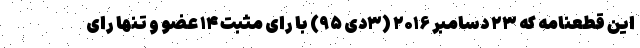
این قطعنامه که ۲۳ دسامبر ۲۰۱۶ (۳دی ۹۵) با رای مثبت ۱۴ عضو و تنها رای